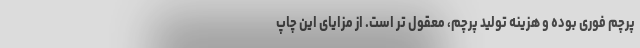
پرچم فوری بوده و هزینه تولید پرچم، معقول تر است. از مزایای این چاپ